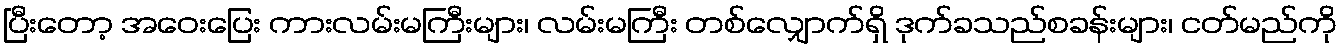
ပြီးတော့ အဝေးပြေး ကားလမ်းမကြီးများ၊ လမ်းမကြီး တစ်လျှောက်ရှိ ဒုက်ခသည်စခန်းများ၊ ငတ်မည်ကို